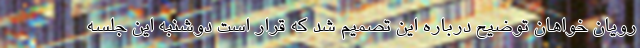
رویان خواهان توضیح درباره این تصمیم شد که قرار است دوشنبه این جلسه